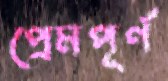
প্রেমপূর্ণ